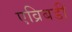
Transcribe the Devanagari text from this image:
एव्रिबडी